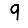
Digit: 9